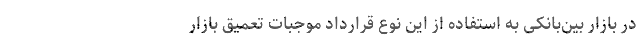
در بازار بین‌بانکی به استفاده از این نوع قرارداد موجبات تعمیق بازار